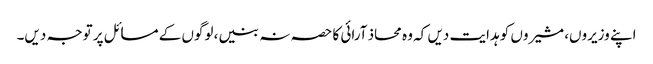
اپنے وزیروں، مشیروں کو ہدایت دیں کہ وہ محاذ آرائی کا حصہ نہ بنیں، لوگوں کے مسائل پر توجہ دیں۔